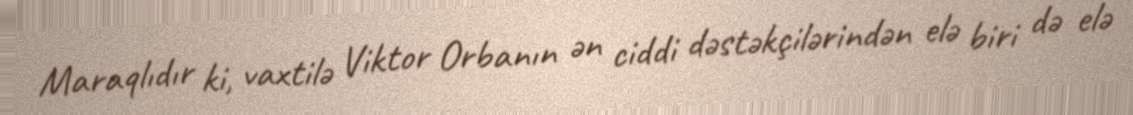
Maraqlıdır ki, vaxtilə Viktor Orbanın ən ciddi dəstəkçilərindən elə biri də elə